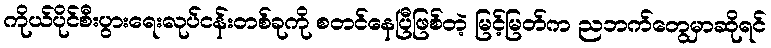
ကိုယ်ပိုင်စီးပွားရေးလုပ်ငန်းတစ်ခုကို စတင်နေပြီဖြစ်တဲ့ မြင့်မြတ်က ညဘက်တွေမှာဆိုရင်